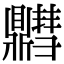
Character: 䵻